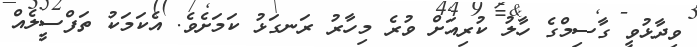
ވިދާޅުވީ ގާސިމްގެ ހާލު ކުރިއަށް ވުރެ މިހާރު ރަނގަޅު ކަމަށެވެ. އެކަމަކު ތަފްސީލެއް